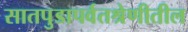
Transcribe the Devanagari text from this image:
सातपुडापर्वतश्रेणीतील